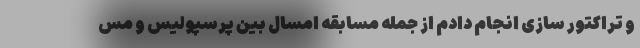
و تراکتور سازی انجام دادم از جمله مسابقه امسال بین پرسپولیس و مس